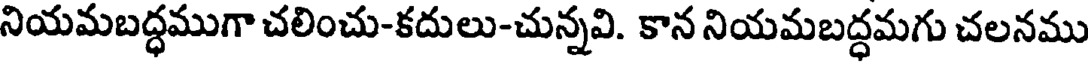
నియమబద్ధముగా చలించు-కదులు-చున్నవి. కాన నియమబద్ధమగు చలనము